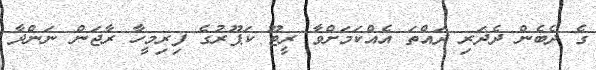
ގެ ދެބެން ދެދަރި ދައްތަ އެއްކަމަށްވާ ރީޓޫ ކަޕޫރުގެ ފިރިމީހާ ރާޖަން ނަންދާ